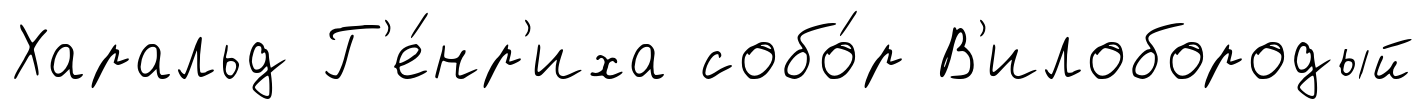
Харальд Г'е́нр'иха собо́р В'илобородый